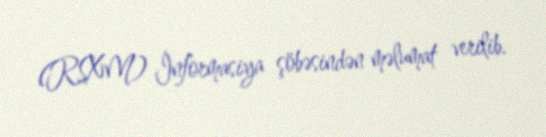
(RSXM) İnformasiya şöbəsindən məlumat verilib.